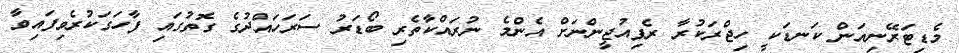
މެޑިޓަރޭނިއަން ކަނޑަކީ ހިޖްރަކުރާ ރެފިއުޖީންނަށް އެންމެ ނުރައްކާތެރި ބޯޑަރު ސަރަހައްދުގެ ގޮތުގައި ފާހަގަކުރެވިފައިވާ